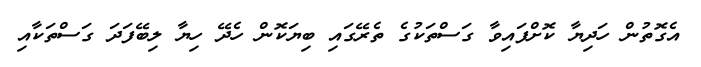
އެގޮތުން ހަދިޔާ ކޮށްފައިވާ ގަސްތަކުގެ ތެރޭގައި ބިޔަކޮން ހެދޭ ހިޔާ ލިބޭފަދަ ގަސްތަކާއި